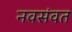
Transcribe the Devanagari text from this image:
नवसंवत